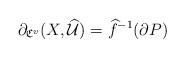
LaTeX: \begin{align*}\partial_{\frak C^v} (X,\widehat{\mathcal U})= \widehat f^{-1}(\partial P)\end{align*}